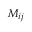
M _ { i j }